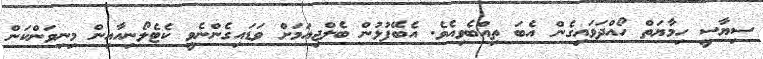
ސިޔާސީ ހިމާޔަތް ހޯއްދަވައިގެން އެބަ ތިއްބެވިއެވެ. އެބޭފުޅުން ބެލްޖިއަމަށް ވަޑައިގެންނެވީ ކެޓެލޯނިއާއިން މިނިވަންކަން